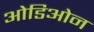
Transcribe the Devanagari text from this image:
ओडिओन